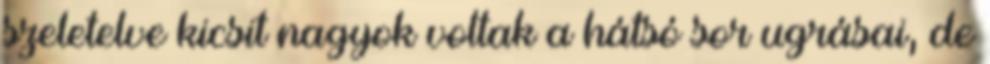
szeletelve kicsit nagyok voltak a hátsó sor ugrásai, de